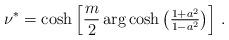
LaTeX: \begin{align*} \nu^*= \cosh\Big[\frac{m}{2}\arg\cosh\big(\tfrac{1+a^2}{1-a^2}\big)\Big]\ . \end{align*}